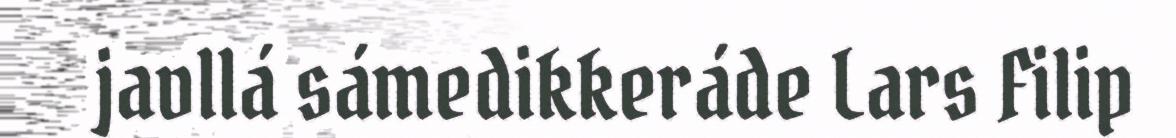
javllá sámedikkeráde Lars Filip